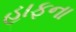
હાફના